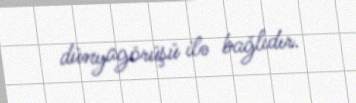
dünyagörüşü ilə bağlıdır.